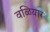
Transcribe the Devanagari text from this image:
वळियार